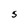
Character: 5